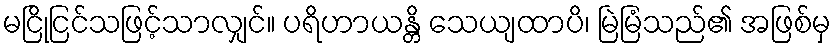
မငြိုငြင်သဖြင့်သာလျှင်။ ပရိဟာယန္တိ သေယျထာပိ၊ မြဲမြံသည်၏ အဖြစ်မှ